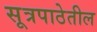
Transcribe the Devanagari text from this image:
सूत्रपाठेतील